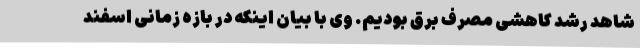
شاهد رشد کاهشی مصرف برق بودیم. وی با بیان اینکه در بازه زمانی اسفند